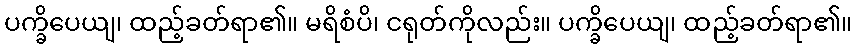
ပက္ခိပေယျ၊ ထည့်ခတ်ရာ၏။ မရိစံပိ၊ ငရုတ်ကိုလည်း။ ပက္ခိပေယျ၊ ထည့်ခတ်ရာ၏။